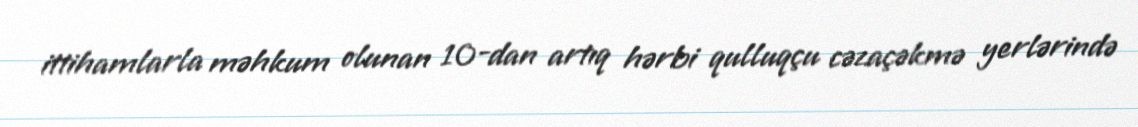
ittihamlarla məhkum olunan 10-dan artıq hərbi qulluqçu cəzaçəkmə yerlərində